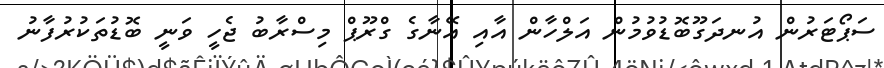
ސަޕޯޓަރުން އުނދަގޫބޮޑުވުމުން އަލްހާން އާއި އޭނާގެ ގްރޫޕް މިސްރާބު ޖެހީ ވަނީ ބޮޑުތަކުރުފާނު